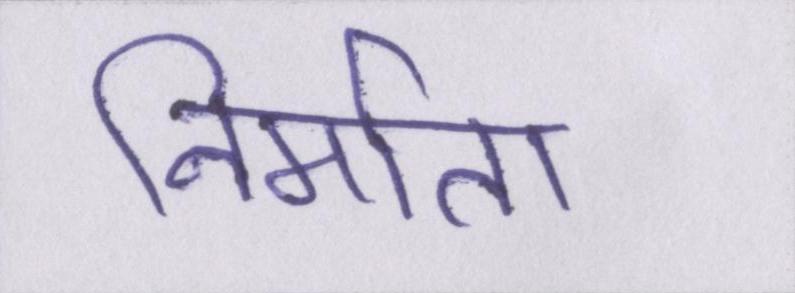
निर्माता